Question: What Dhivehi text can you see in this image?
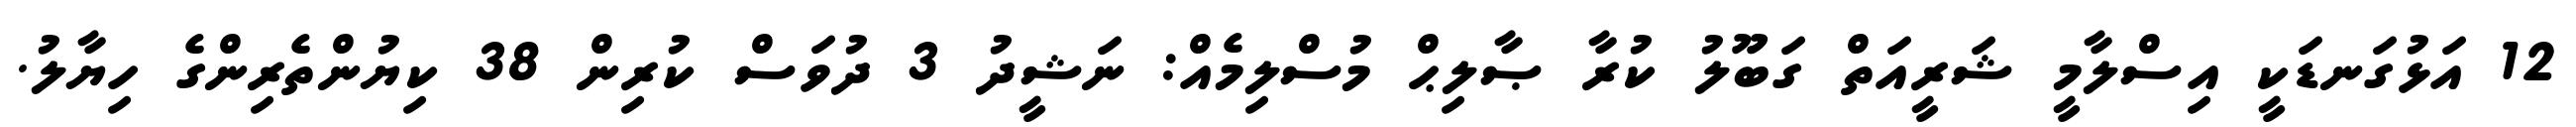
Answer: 12 އަޅުގަނޑަކީ އިސްލާމީ ޝަރީއަތް ގަބޫލު ކުރާ ޞާލިޙް މުސްލިމެއް: ނަޝީދު 3 ދުވަސް ކުރިން 38 ކިޔުންތެރިންގެ ހިޔާލު.